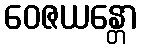
ဝေဇယန္တော